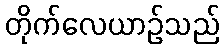
တိုက်လေယာဉ်သည်